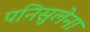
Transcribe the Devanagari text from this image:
पनिसुलेना